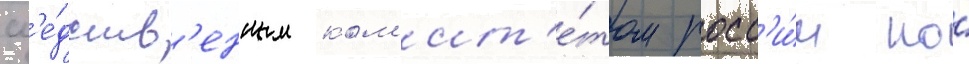
сл'е́дств'енным ком'ит'е́том росс'и́и по́